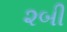
૨બી